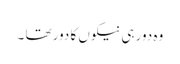
وہ دور ہی نیکوں کا دور تھا ۔